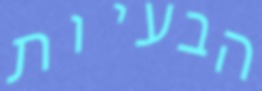
הבעיות